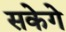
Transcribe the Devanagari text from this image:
सकेगे